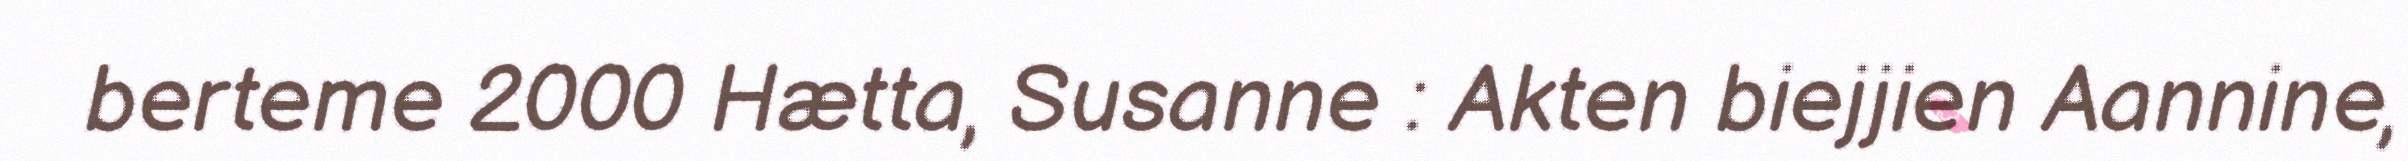
berteme 2000 Hætta, Susanne : Akten biejjien Aannine,